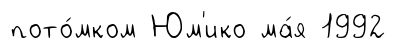
пото́мком Юм'ико ма́я 1992